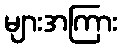
များအကြား